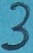
Text: 3